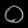
Digit: ၀